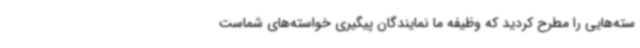
سته‌هایی را مطرح کردید که وظیفه ما نمایندگان پیگیری خواسته‌های شماست